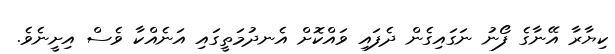
ކިޔާރާ އޭނާގެ ފޯނު ނަގައިގެން ދެފައި ވައްކޮށް އެނދުމަތީގައި އަނެއްކާ ވެސް އިށީނެވެ.